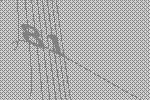
81